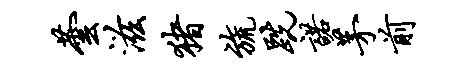
芸滋猪旒跣诺茅前